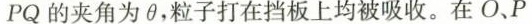
PQ的夹角为θ，粒子打在挡板上均被吸收。在O、P